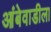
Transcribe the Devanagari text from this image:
आंबेवाडीला